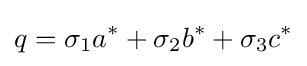
q=\sigma _{1}a^{*}+\sigma _{2}b^{*}+\sigma _{3}c^{*}